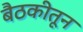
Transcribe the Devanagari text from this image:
बैठकीतून